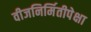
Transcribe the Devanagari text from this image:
वीजनिर्मितीपेक्षा